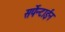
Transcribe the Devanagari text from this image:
सर्पेन्टाईन